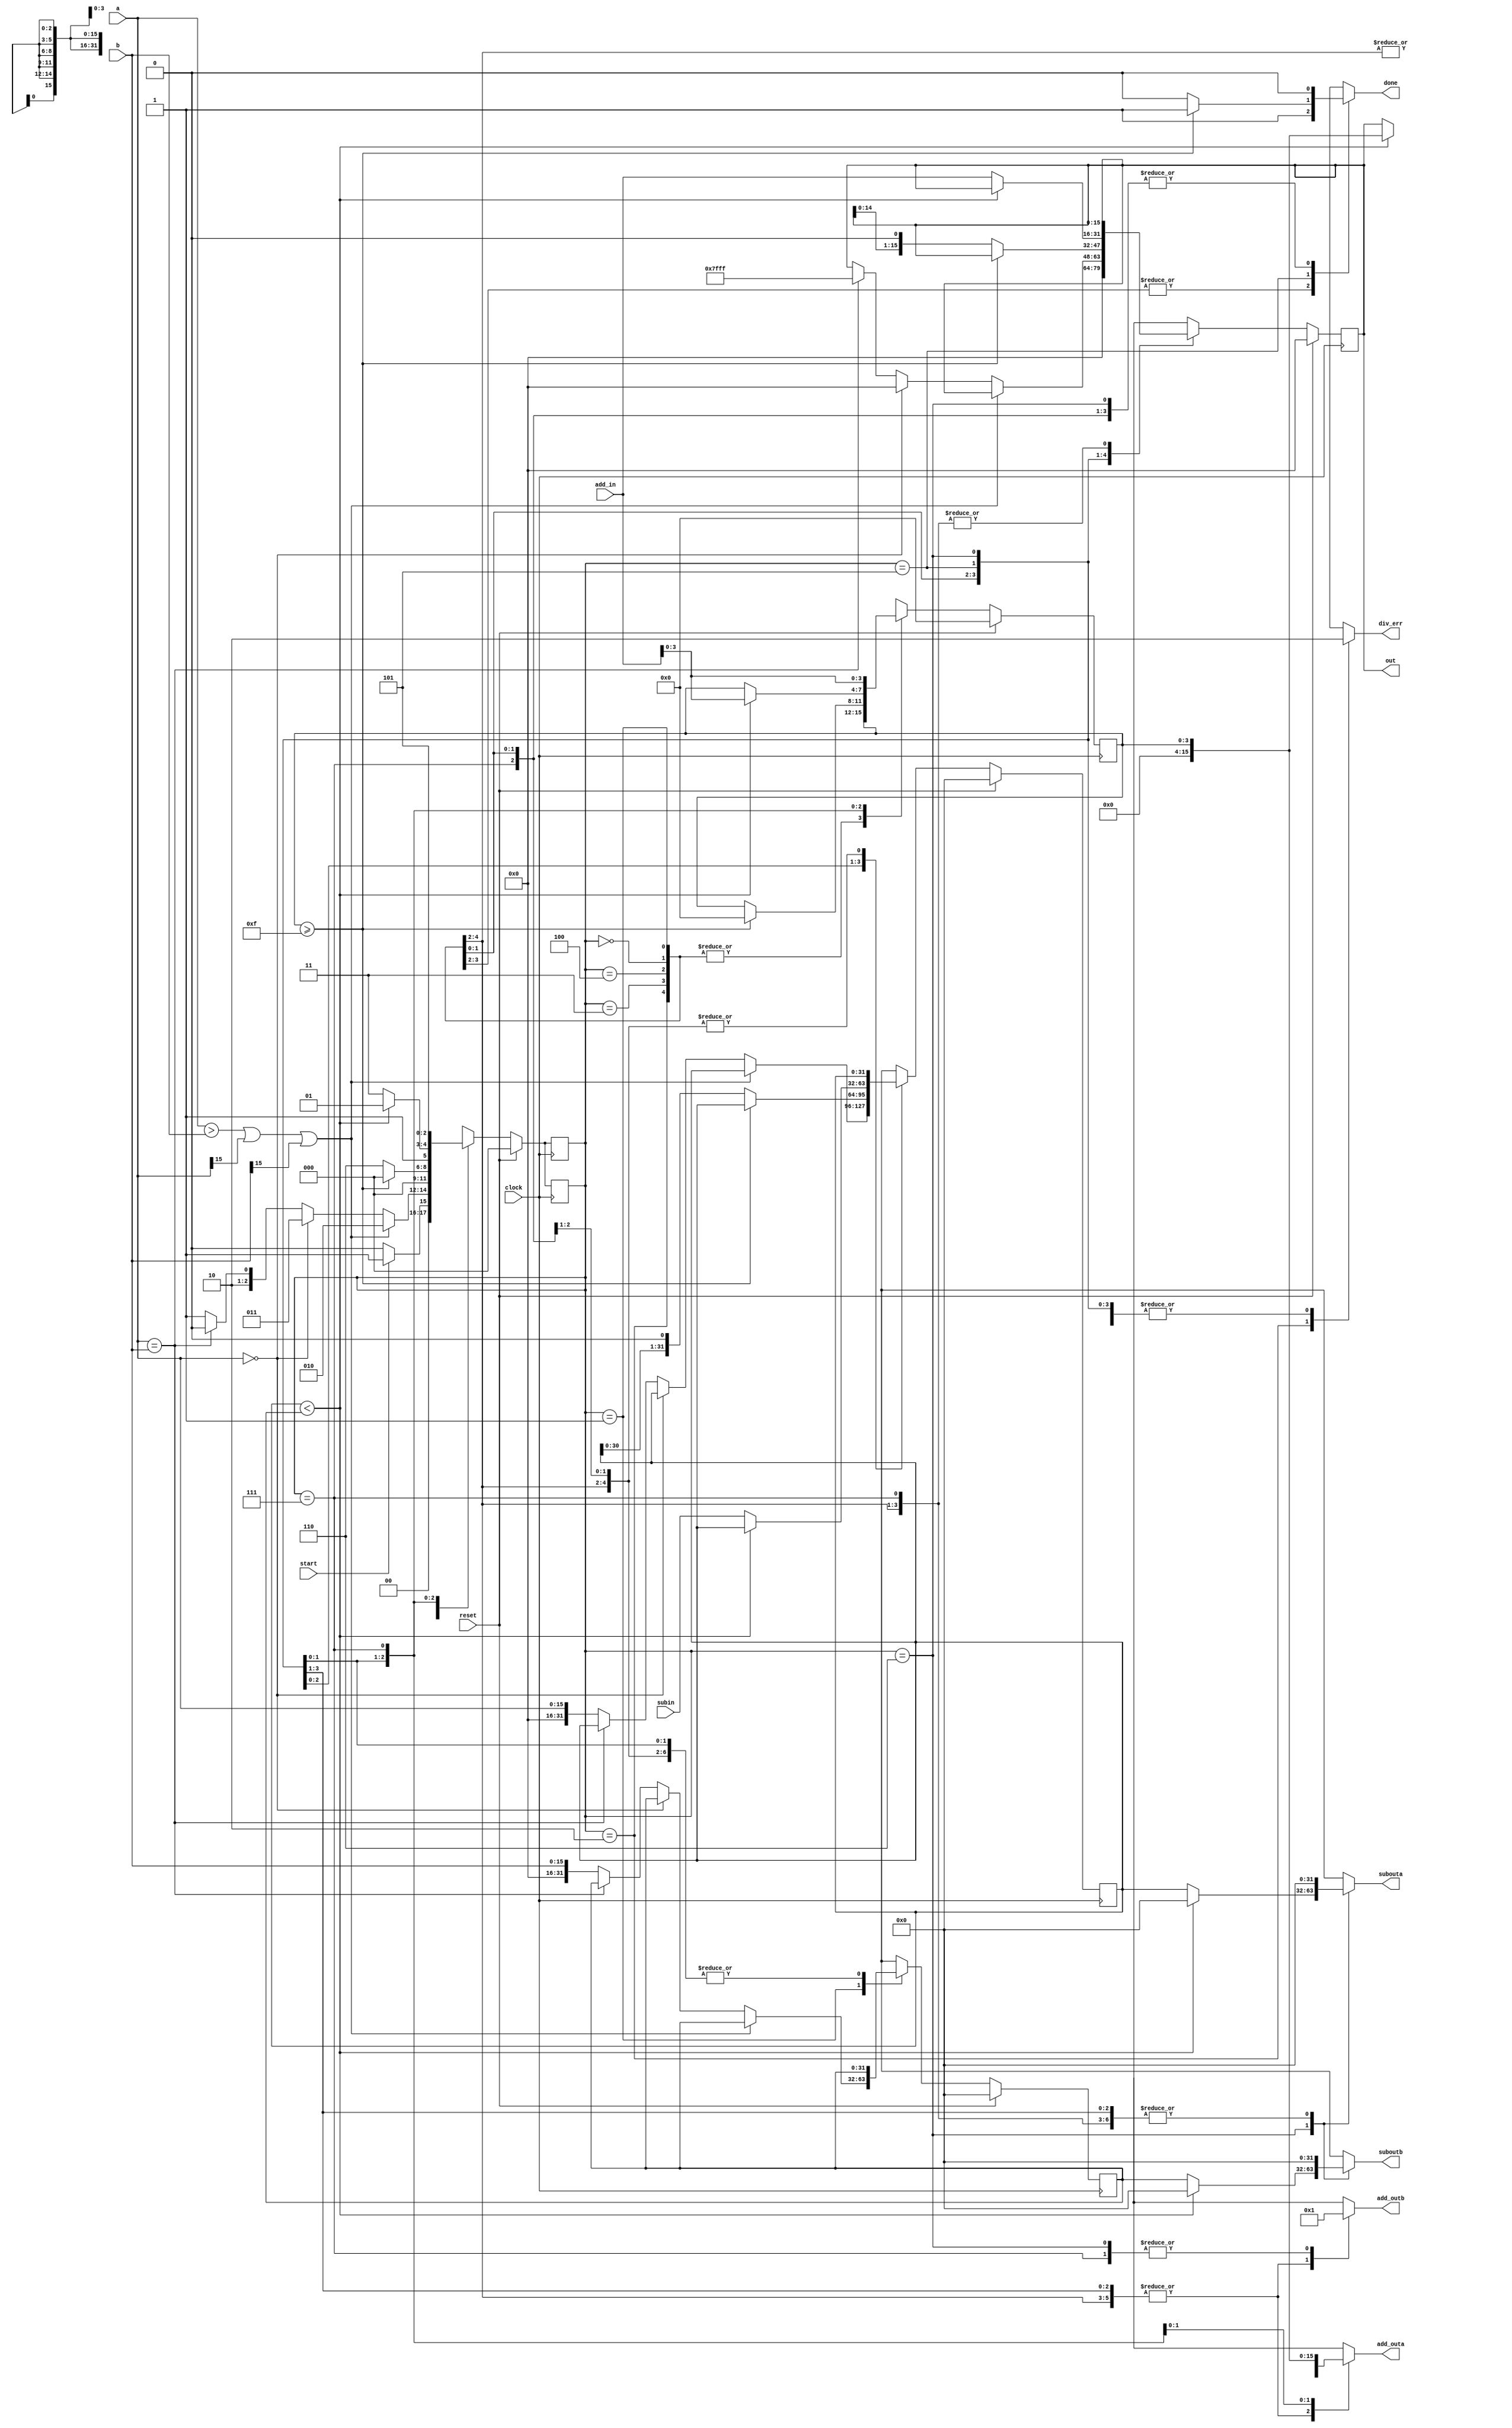
`timescale 1ns / 1ps
//////////////////////////////////////////////////////////////////////////////////
// Mississippi State University 
// ECE 4532-4542 Senior Design
// 
// Module Name:    div_s 
// Project Name: 	 ITU G.729 Hardware Implementation
// Target Devices: Virtex 5
// Tool versions:  Xilinx 9.2i
// Description: 	 This is a function to perform division of the a input by the b input. The divErr bit will be set
//						 high should division by zero occur.
// 
// Dependencies: 	 regArraySize6.v, Chebps10_FSM.v, Chebps11_FSM.v, twoway_16bit_mux.v, gridPointsMem.v
//
// Revision: 
// Revision 0.01 - File Created
// Additional Comments: 
//
//////////////////////////////////////////////////////////////////////////////////
module div_s(clock, reset, a, b, div_err, out, start, done, subouta, suboutb, subin,
					add_outa,add_outb,add_in);
	input clock, reset, start;
   input [15:0] a;
   input [15:0] b;
	input [31:0] subin;
	input [15:0] add_in;
	output reg done, div_err;
   output reg [15:0] out;
	output reg [31:0] subouta, suboutb;
	output reg [15:0] add_outa, add_outb;
	
	parameter MIN_16 = 16'h8000;
	parameter MAX_16 = 16'h7fff;
	parameter init = 3'd0;
	parameter check_state = 3'd1;
	parameter err_state = 3'd2;
	parameter zero_state = 3'd3;
	parameter max_state = 3'd4;
	parameter div_state1 = 3'd5;
	parameter div_state2 = 3'd6;
	parameter div_state3 = 3'd7;
	
	reg [2:0] currentstate, nextstate;
	
	reg [3:0] iterator;
	reg [3:0] next_iterator;
	
	reg [15:0] next_out;
	
	reg [31:0] L_denom, L_num, L_out;
	reg [31:0] next_L_denom, next_L_num, next_L_out;
	
	always@(posedge clock) begin
		if(reset)
			currentstate = init;
		else
			currentstate = nextstate;
	end
	
	//temp_L_num_flop
	always@(posedge clock) begin
		if(reset)
			L_num = 0;
		else
			L_num = next_L_num;
	end
	
	//temp_L_num_flop
	always@(posedge clock) begin
		if(reset)
			L_denom = 0;
		else
			L_denom = next_L_denom;
	end
	
	always@(posedge clock) begin
		if(reset)
			out = 0;
		else
			out = next_out;
	end
	
	//iteration flop
	always@(posedge clock) begin
		if(reset)
			iterator = 0;
		else
			iterator = next_iterator;
	end
	
	always@(posedge clock) begin
		if(reset)
			currentstate = init;
		else
			currentstate = nextstate;
	end
	
	
	
	always@(*) begin
		next_L_num = L_num;
		next_L_denom = L_denom;
		next_out = out;
		next_iterator = iterator;
		nextstate = currentstate;
		done = 0;
		div_err = 0;
		
		subouta = 0;
		suboutb = 0;
		
		add_outa = 0;
		add_outb = 0;
		
		case(currentstate)
		
		
			init: begin
				next_out = 0;
				if(start==0)
					nextstate = init;
				else
					nextstate = check_state;
			end
			
			check_state: begin
				if((a>b) || (a[15]==1) || (b[15]==1))
					nextstate = err_state;
				else if(a==0) begin
					next_out = 'd0;
					nextstate = zero_state;
					end
				else if(a==b) begin
					next_out = MAX_16;
					nextstate = max_state;
				end
				else begin
					next_L_num = {16'd0,a};
					next_L_denom = {16'd0,b};
					nextstate = div_state1;
				end
			end

			err_state: begin
				div_err = 1;
				nextstate = init;
			end
			
			zero_state: begin
				done = 'd1;
				nextstate = init;
			end
			
			max_state: begin
				done = 'd1;
				nextstate = init;
			end

			div_state1: begin
				if(iterator >= 'd15) begin
					next_iterator = 0;
					done = 1;
					nextstate = init;
				end
				else begin
					next_out = out << 1;
					next_L_num = L_num << 1;
					nextstate = div_state2;
				end
			end
			
			div_state2: begin
				if(L_num < L_denom) begin
					add_outa = iterator;
					add_outb = 'd1;
					next_iterator = add_in;
					nextstate = div_state1;
				end
				else begin
					subouta = L_num;
					suboutb = L_denom;
					next_L_num = subin;
					add_outa = out;
					add_outb = 'd1;
					next_out = add_in;
					nextstate = div_state3;
				end
			end
			
			div_state3: begin
				add_outa = iterator;
				add_outb = 'd1;
				next_iterator = add_in;
				nextstate = div_state1;
			end
		endcase
	end
				
endmodule